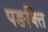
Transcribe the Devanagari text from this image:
पङक्ति